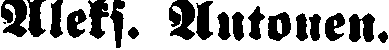
Alets. Antonen.